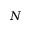
N